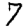
Digit: 7